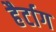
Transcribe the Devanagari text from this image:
हैर्टाग